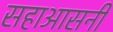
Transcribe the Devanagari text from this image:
सहाआसनी